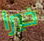
خيرا